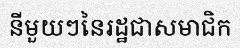
នីមួយៗនៃរដ្ឋជាសមាជិក